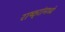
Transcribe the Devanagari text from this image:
राष्ठ्रांमध्ये